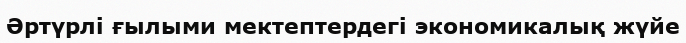
Әртүрлі ғылыми мектептердегі экономикалық жүйе